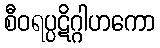
စီဝရပ္ပဋိဂ္ဂါဟကော